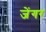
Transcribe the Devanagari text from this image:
जेंगर